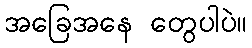
အခြေအနေ တွေပါပဲ။